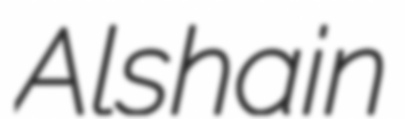
Alshain